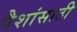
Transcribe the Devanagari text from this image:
पैशांसाठी